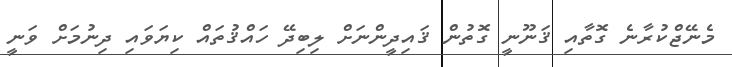
މެނޭޖްކުރާނެ ގޮތާއި ޤަނޫނީ ގޮތުން ޤައިދީންނަށް ލިބިދޭ ހައްޤުތައް ކިޔަވައި ދިނުމަށް ވަނީ